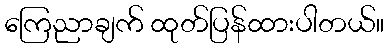
ကြေညာချက် ထုတ်ပြန်ထားပါတယ်။